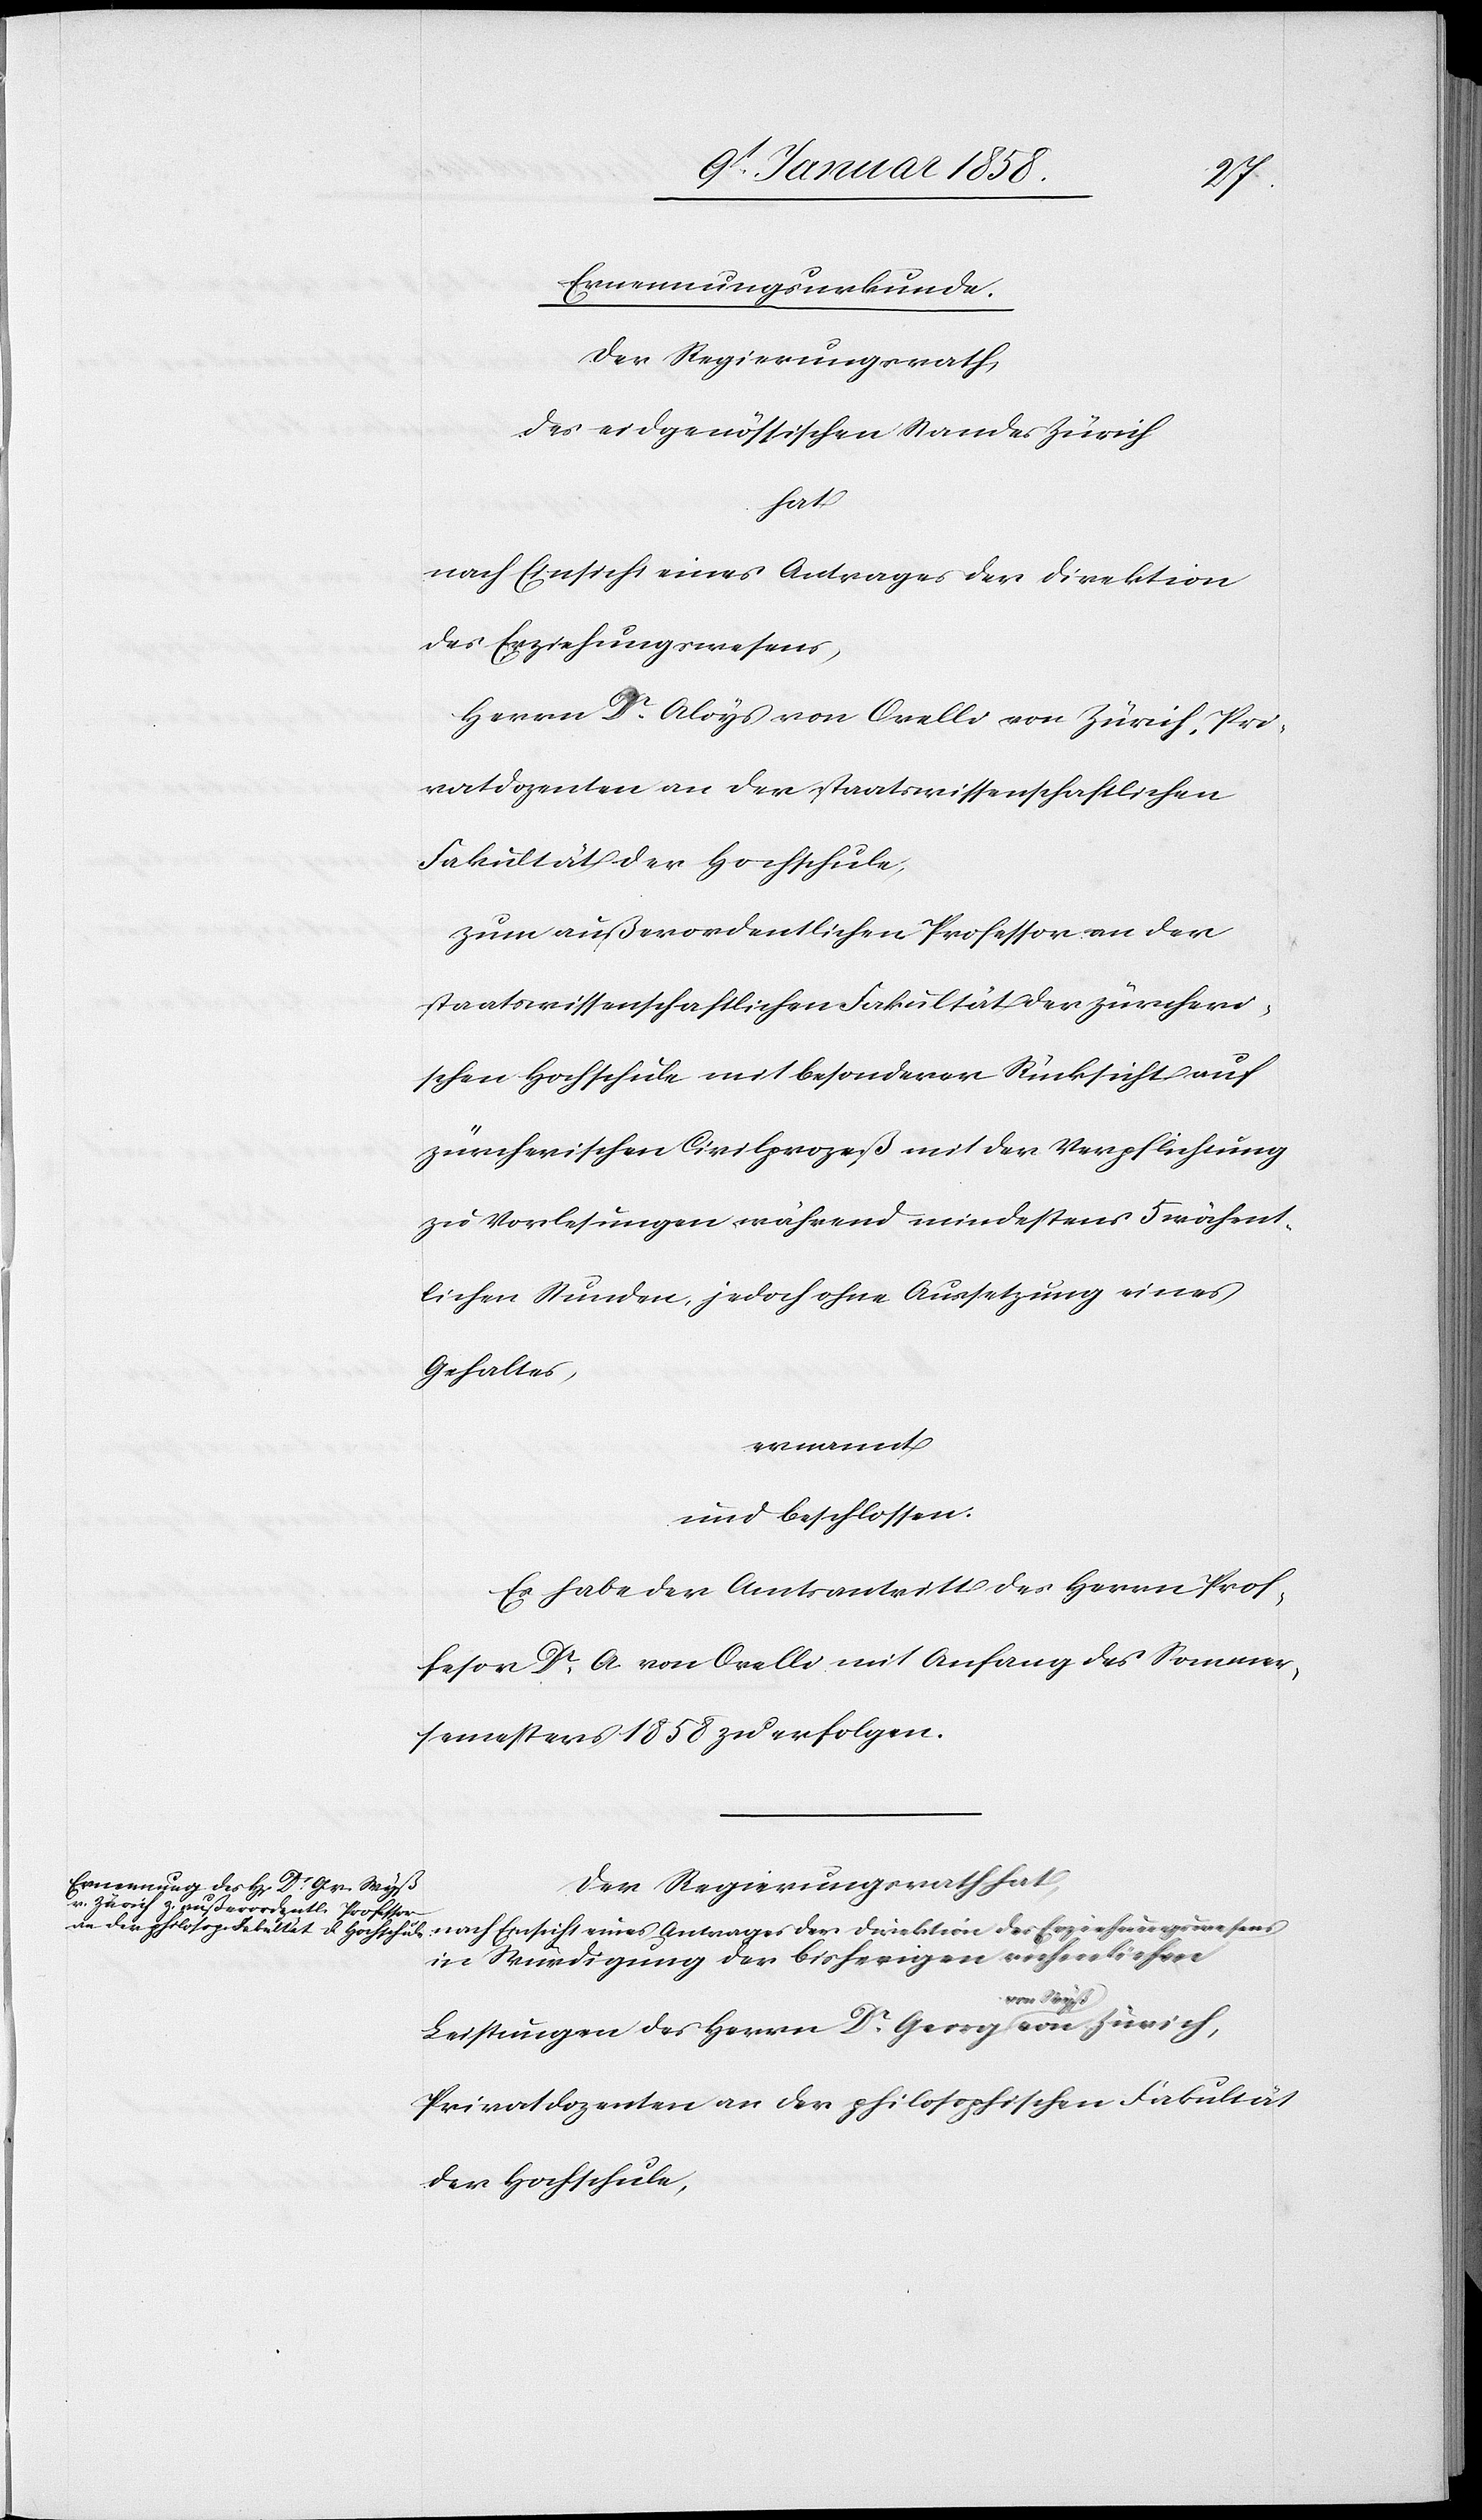
Ernennungsurkunde.
Der Regierungsrath
des eidgenössischen Standes Zürich
hat
nach Einsicht eines Antrages der Direktion
des Erziehungswesens,
Herrn Dr. Aloys von Orelli von Zürich, Pri¬
vatdozenten an der staatswissenschaftlichen
Fakultät der Hochschule,
zum außerordentlichen Professor an der
staatswissenschaftlichen Fakultät der zürcheri¬
schen Hochschule mit besonderer Rücksicht auf
zürcherischen Civilprozeß und mit der Verpflichtung
zu Vorlesungen während mindestens 5 wöchent¬
lichen Stunden, jedoch ohne Aussetzung eines
Gehaltes,
ernannt
und beschlossen:
Es habe der Amtsantritt des Herrn Prof¬
fesor [sic!] Dr. A. von Orelli mit Anfang des Sommer¬
semesters 1858 zu erfolgen.
Der Regierungsrath hat,
in Würdigung der bisherigen rühmlichen
Leistungen des Herrn Dr. Georg von Wyß von Zürich,
Privatdozenten an der philosophischen Fakultät
der Hochschule,